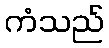
ကံသည်